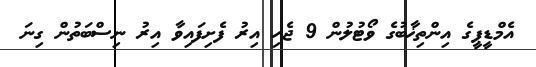
އެމްޑީޕީގެ އިންތިޚާބުގެ ވޯޓުލުން 9 ޖެހި އިރު ފެށިފައިވާ އިރު ނިސްބަތުން ގިނަ